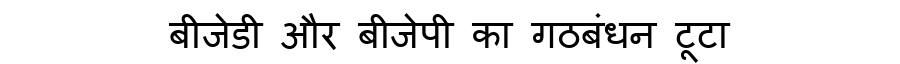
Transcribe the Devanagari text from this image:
बीजेडी और बीजेपी का गठबंधन टूटा